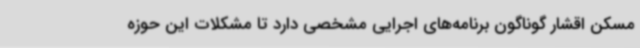
مسکن اقشار گوناگون برنامه‌های اجرایی مشخصی دارد تا مشکلات این حوزه